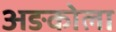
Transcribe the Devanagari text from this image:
अङकोला